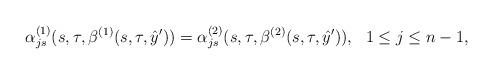
LaTeX: \begin{align*}\alpha_{js}^{(1)}(s,\tau,\beta^{(1)}(s,\tau,\hat y'))=\alpha_{js}^{(2)}(s,\tau,\beta^{(2)}(s,\tau,\hat y')), \ \ 1\leq j\leq n-1,\end{align*}